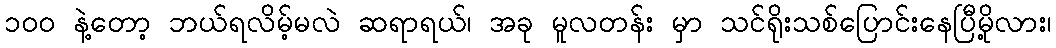
၁၀၀ နဲ့တော့ ဘယ်ရလိမ့်မလဲ ဆရာရယ်၊ အခု မူလတန်း မှာ သင်ရိုးသစ်ပြောင်းနေပြီမို့လား၊